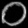
Digit: ၀